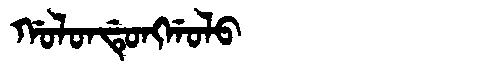
Manchu: ᡤᠣᠯᠣᠨᡩᡠᠩᡤᠣᠯᠣ
Romanization: GOLONDUNGGOLO